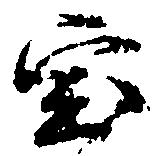
宝